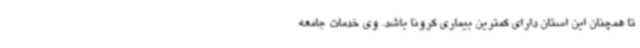
تا همچنان این استان دارای کمترین بیماری کرونا باشد. وی خدمات جامعه